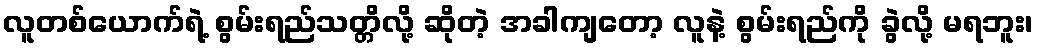
လူတစ်ယောက်ရဲ့ စွမ်းရည်သတ္တိလို့ ဆိုတဲ့ အခါကျတော့ လူနဲ့ စွမ်းရည်ကို ခွဲလို့ မရဘူး၊